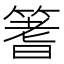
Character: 𫂓